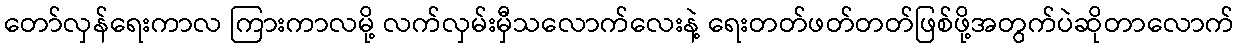
တော်လှန်ရေးကာလ ကြားကာလမို့ လက်လှမ်းမှီသလောက်လေးနဲ့ ရေးတတ်ဖတ်တတ်ဖြစ်ဖို့အတွက်ပဲဆိုတာလောက်